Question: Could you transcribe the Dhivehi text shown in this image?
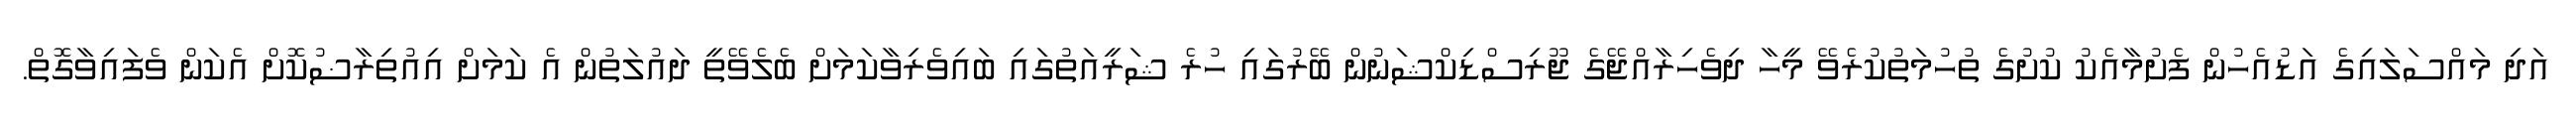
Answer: އަދި މައްސަލައިގެ އަޑުއެހުން ފެށުމާއެކު ކުށުގެ ތުހުމަތުކުރެވޭ މީހާ ދިވެހިރާއްޖޭގެ ޖޫރިސްޑިކްޝަނުން ބޭރުގައި ހުރެ ޝަރީއަތުގައި ބައިވެރިވާކަމަށް ބެލެވޭތީ ދައުލަތުން އެ ކަމަށް އިއުތިރާޟުކޮށް އެކަން ވެފައިވާގޮތް.